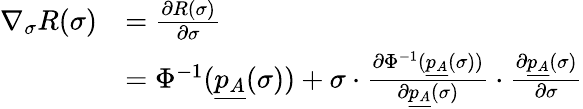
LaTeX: \begin{array}{rl}{\nabla_{\sigma}R(\sigma)}&{=\frac{\partial R(\sigma)}{\partial\sigma}}\\ &{=\Phi^{-1}(\underline{{p_{A}}}(\sigma))+\sigma\cdot\frac{\partial\Phi^{-1}(\underline{{p_{A}}}(\sigma))}{\partial\underline{{p_{A}}}(\sigma)}\cdot\frac{\partial\underline{{p_{A}}}(\sigma)}{\partial\sigma}}\end{array}